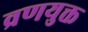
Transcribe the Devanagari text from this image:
व्रणयुक्त